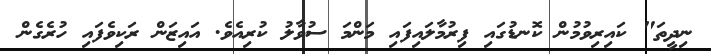
ނިދީތަ" ކައިރިވުމުން ކޮނޑުގައި ފިރުމާލައިފައި މަންމަ ސުވާލު ކުރިއެވެ. އައިޒަން ރަކިވެފައި ހުރެގެން